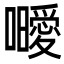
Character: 𭌥